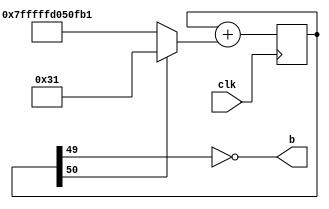
`timescale 1ns / 1ps
//////////////////////////////////////////////////////////////////////////////////
// Company: 
// Engineer: 
// 
// Design Name: 
// Module Name:    clock 
// Project Name: 
// Target Devices: 
// Tool versions: 
// Description: 
//
// Dependencies: 
//
// Revision: 
// Revision 0.01 - File Created
// Additional Comments: 
//
//////////////////////////////////////////////////////////////////////////////////
module clock(input clk,output wire b
    );
reg [50:0] d;
wire [50:0] dInc = d[50] ? (49) : (49 - 50000000);
wire [50:0] dN = d + dInc;
always @(posedge clk)
begin
  d = dN;
end
assign b = ~d[49];  // clock B tick whenever d[24] is zero

endmodule